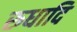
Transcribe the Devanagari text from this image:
रुधादि